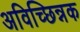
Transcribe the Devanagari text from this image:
अविच्छिन्नक